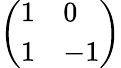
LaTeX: \left(\begin{array}{ll}{1}&{0}\\ {1}&{-1}\end{array}\right)